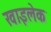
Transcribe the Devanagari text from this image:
खाइलेक